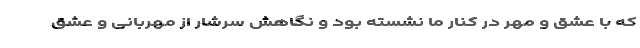
که با عشق و مهر در کنار ما نشسته بود و نگاهش سرشار از مهربانی و عشق